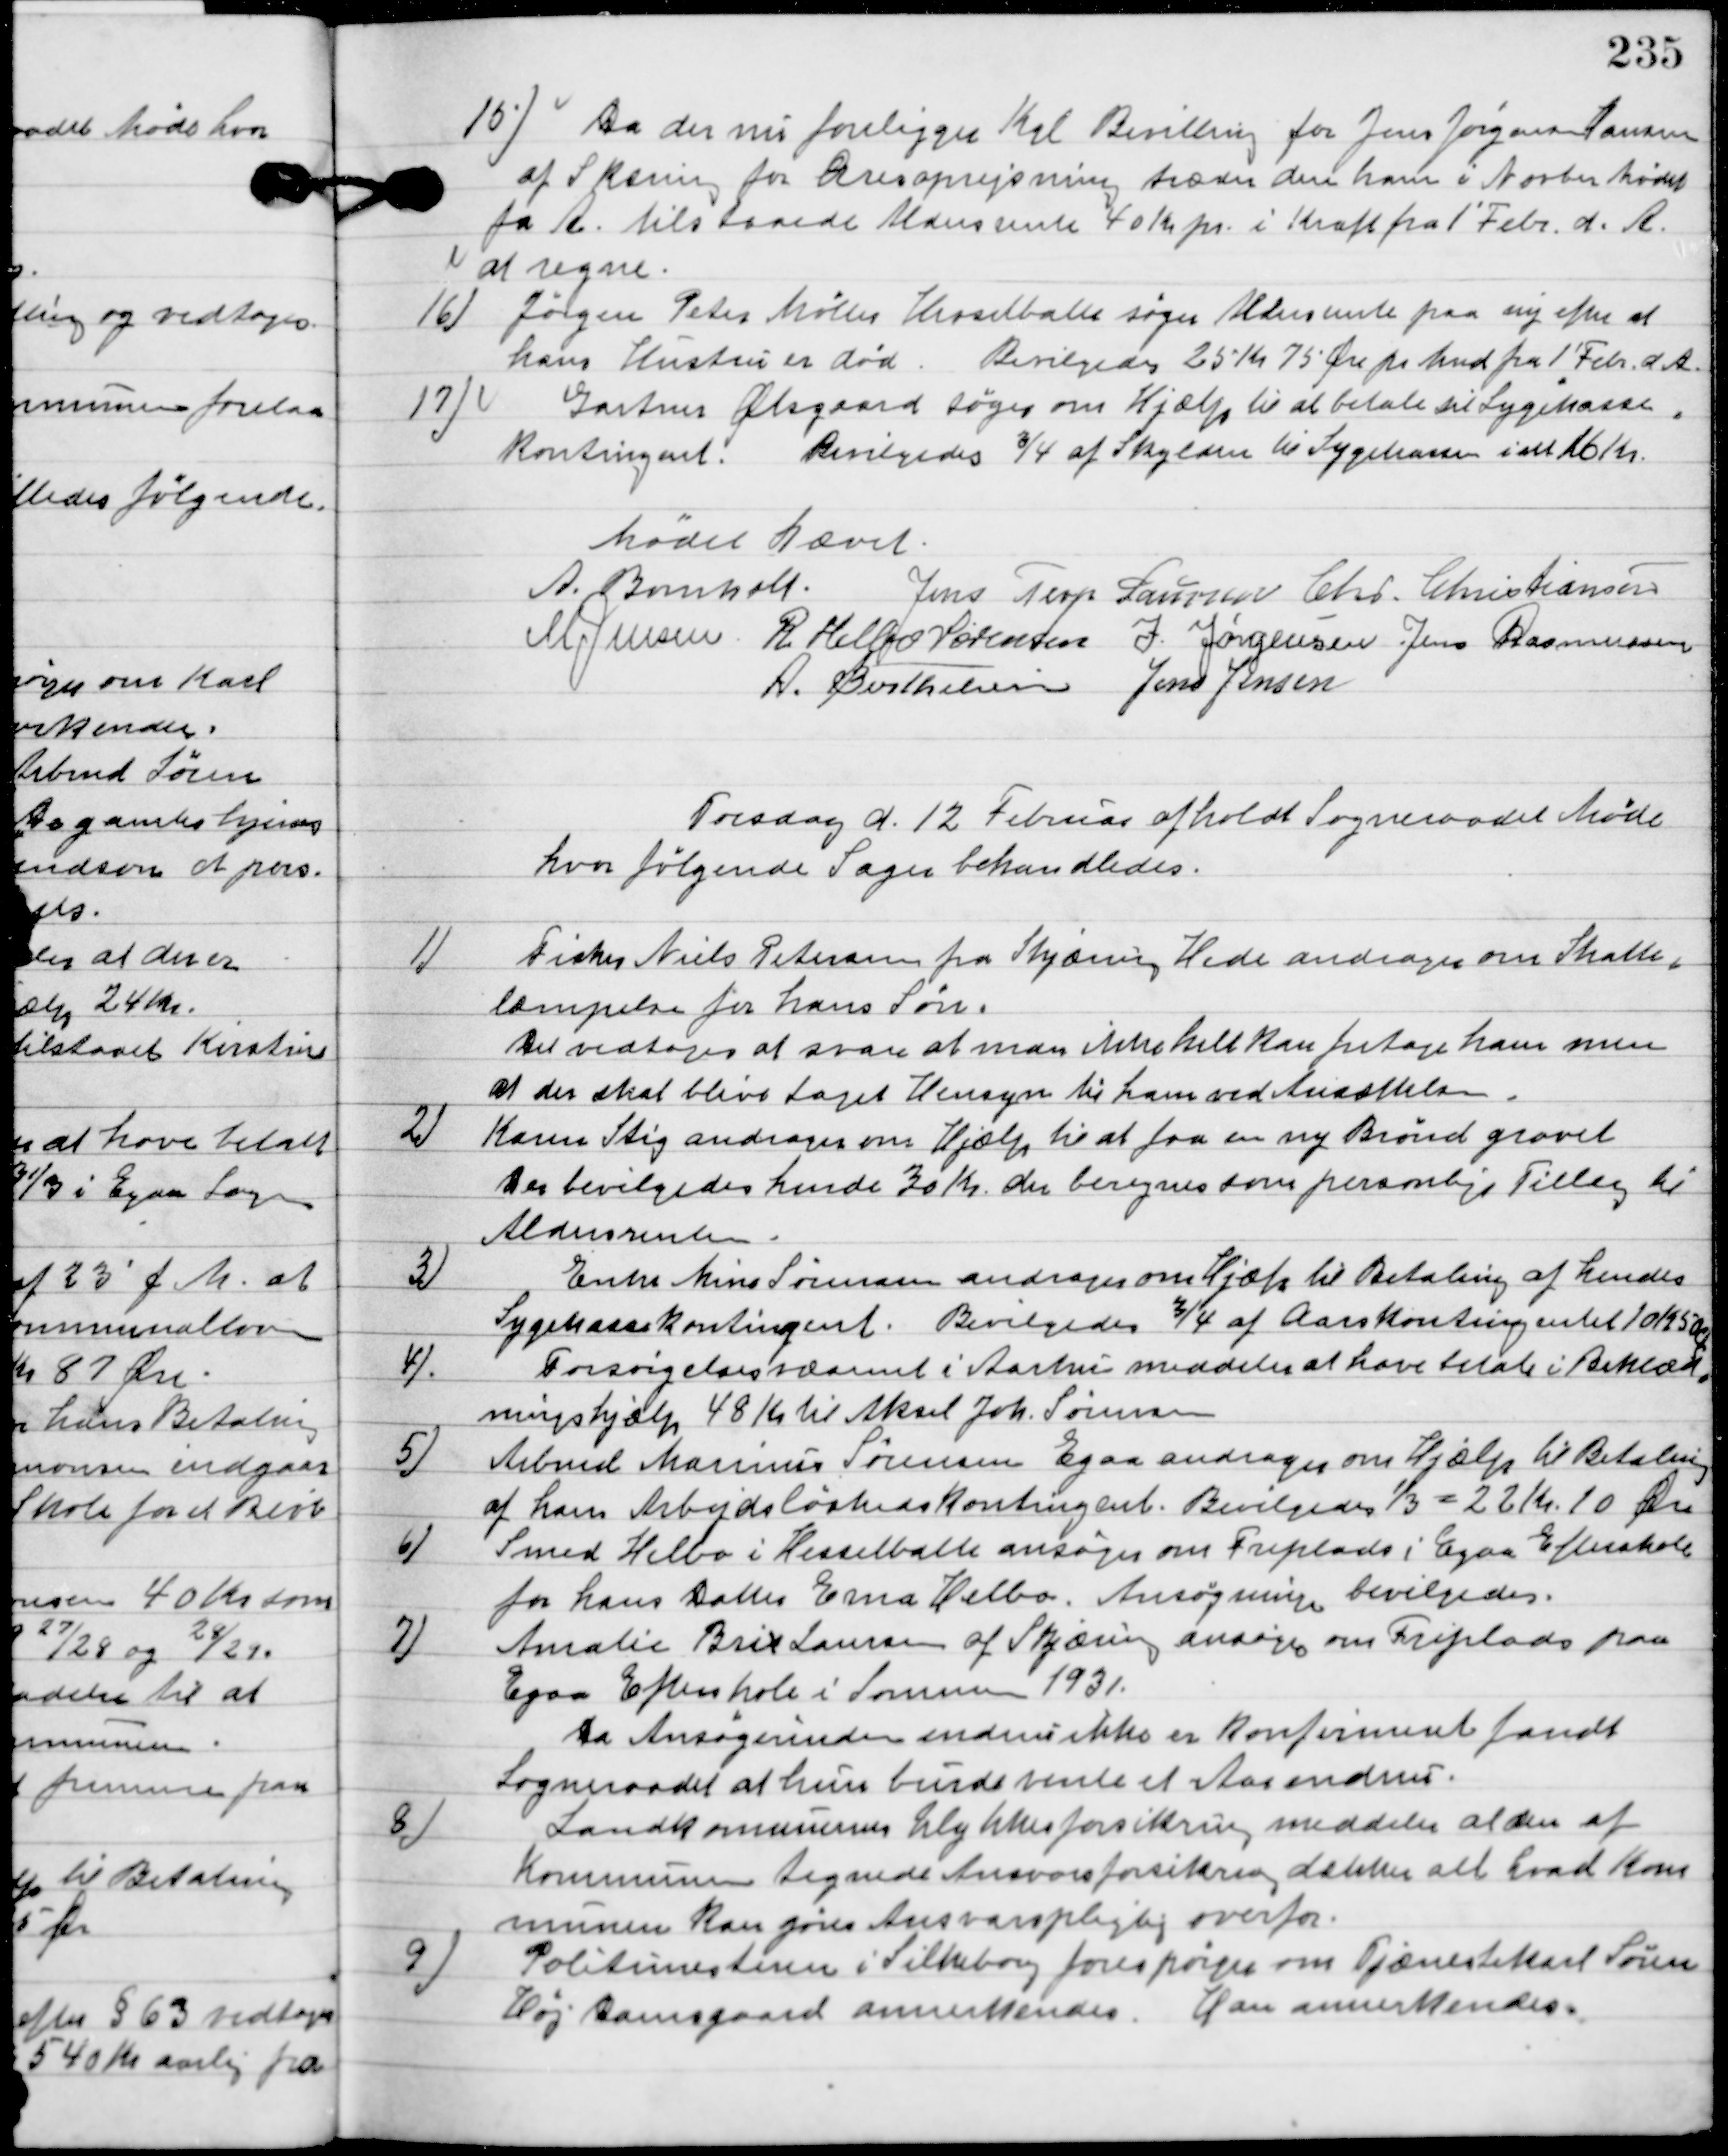
Transskription:
15

Da der nu foreligger Kgl. Bevilling for Jens Jørgensen Hansen 
af Skæring for Æresoprejsning træder den ham i Anten Mødet 
fra A. tilstaaede Aldersrente 40 Kr. pr i Kraft fra 1´febr. d. A. 
at regne.

16

Jørgen Peter Møller Hesselballe søger Aldersrente paa ny efter at
hans Hustrus er død.
Bevilgedes 25 Kr. 75 Øre pr. Mnd. Fra 1 Feb. d. A.

17

Gartner Østergaard søger om Hjælp til at betale sin Sygekasse
Kontingent.
Bevilgedes ¾ af Skylden til Sygekassen i alt 16 Kr.

Mødet hævet.

A. Bomholt
Jens Terp Laursen
Chr. Christiansen
M. Jensen
R. Helbo Sørensen
I. Jørgensen
Jens Rasmussen
A. Berthelsen
Jens Jensen

Fredag d. 12. Februar afholdt Sogneraadet Møde
hvor følgende sager behandledes.

1

Fisker Niels Petersen fra Skjæring Hede andrager om skatte-
lempelse for hans søn.
Det vedtoges at svare at man ikke helt kan fritage ham men
at der skal blive taget hensyn til ham ved ansættelsen.

2

Karen Stig andrager om hjælp til at faa en ny brønd gravet.
Der bevilgedes hende 30 Kr. der beregnes som personlig Tillæg til
aldersrenten.

3

Enke Mine Sørensen andrager om Hjælp til Betaling af hendes
Sygekasse Kontingent.
Bevilgedes ¾ af Aars Kontingentet 10 Kr. 50 Øre.

4

Forsørgelsesvæsenet i Aarhus meddeler at have betalt i Beklæd-
ningshjælp 48 Kr. til Aksel Joh. Sørensen.

5

Arbmd. Marius Sørensen Egaa andrager om Hjælp til Betaling
af hans Arbejdsløsheds Kontingent. – Bevilgedes 1/3 = 22 Kr. 10 Øre

6

Smed Helbo i Hesselballe ansøger om friplads i Egaa Efterskole
for hans Datter Erna Helbo.
Ansøgningen bevilgedes.

7

Amalie Brix Laursen af Skjæring ansøge om friplads i Egaa paa
Egaa Efterskole i Sommeren 1931.
Da Ansøgerinden endnu ikke er Konfirmeret fandt
Sogneraadet at hun burde vente et Aar endnu.

8

Landkommunen Ulykkesforsikring meddeler at den af
Kommunen tegnede Ansvarsforsikring dækker alt hvad Kom-
munen kan føres Ansvarspligtig overfor.

9

Politimesteren i Silkeborg forespørger om Tjænestekarl Søren
Høj Damsgaard annerkendes.
Han annerkendes.